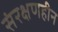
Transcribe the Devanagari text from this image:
संरक्षणहीन